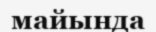
майында